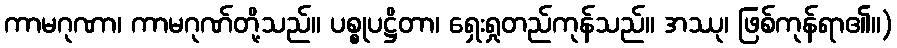
ကာမဂုဏာ၊ ကာမဂုဏ်တို့သည်။ ပစ္စုပဋ္ဌိတာ၊ ရှေးရှုတည်ကုန်သည်။ အဿု၊ ဖြစ်ကုန်ရာ၏။)